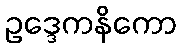
ဥဒ္ဒေကနိကော